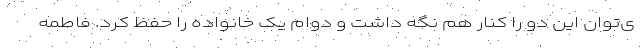
ی‌توان این دو را کنار هم نگه داشت و دوام یک خانواده را حفظ کرد. فاطمه